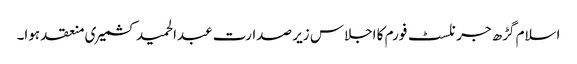
اسلام گڑھ جرنلسٹ فورم کا اجلاس زیر صدارت عبدالحمید کشمیری منعقد ہوا۔